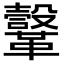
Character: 𩍤